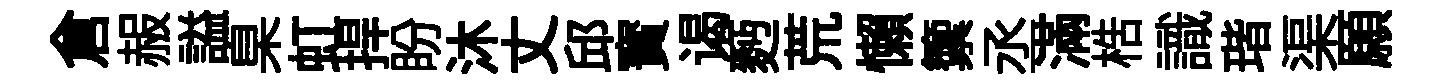
倉赧謚臬虹捍盼沐丈邱寳谒麪荒懶籞丞滿梏識瑎渠願